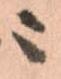
ニ